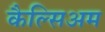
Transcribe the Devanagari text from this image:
कैल्सिअम